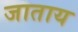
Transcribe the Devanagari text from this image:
जाताय